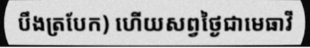
បឹងត្របែក) ហើយសព្វថ្ងៃជាមេធាវី